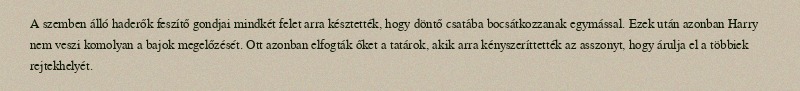
A szemben álló haderők feszítő gondjai mindkét felet arra késztették, hogy döntő csatába bocsátkozzanak egymással. Ezek után azonban Harry nem veszi komolyan a bajok megelőzését. Ott azonban elfogták őket a tatárok, akik arra kényszeríttették az asszonyt, hogy árulja el a többiek rejtekhelyét.